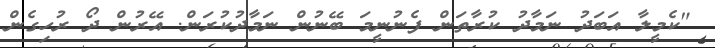
"ކެމީލާ އަބަދު ނަމާދު ކުރާތަން ފެނުނީމަ ބޭނުން ނަމާދުކުރަން. އޭރުން ދޯ ރުހިގެން